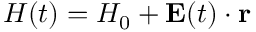
{ H } ( t ) = H _ { 0 } + \mathbf { E } ( t ) \cdot \mathbf { r }